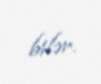
bilər.